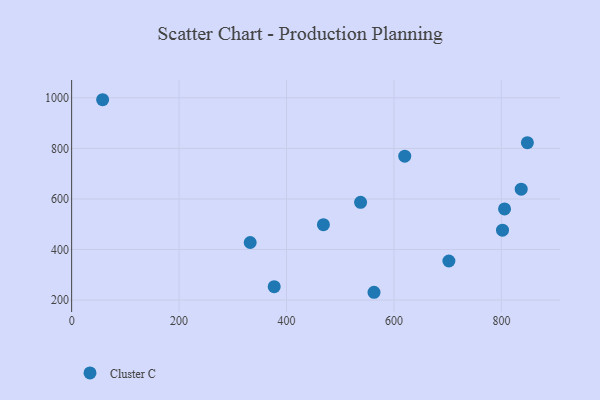
{"axis": {"x": "Distance", "y": "Rating"}, "legend": ["Cluster C"], "data": [{"x": "620.1", "y": 769.2, "type": "Cluster C"}, {"x": "332.4", "y": 427.7, "type": "Cluster C"}, {"x": "836.9", "y": 638.6, "type": "Cluster C"}, {"x": "805.9", "y": 560.6, "type": "Cluster C"}, {"x": "702.3", "y": 354.6, "type": "Cluster C"}, {"x": "57.7", "y": 992.6, "type": "Cluster C"}, {"x": "468.7", "y": 498.4, "type": "Cluster C"}, {"x": "848.4", "y": 822.6, "type": "Cluster C"}, {"x": "377.1", "y": 252.8, "type": "Cluster C"}, {"x": "562.9", "y": 230.8, "type": "Cluster C"}, {"x": "537.9", "y": 586.8, "type": "Cluster C"}, {"x": "802.1", "y": 476.6, "type": "Cluster C"}]}